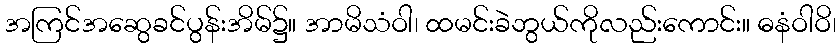
အကြင်အဆွေခင်ပွန်းအိမ်၌။ အာမိသံဝါ၊ ထမင်းခဲဘွယ်ကိုလည်းကောင်း။ ဓနံဝါဝိ၊